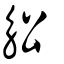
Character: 𧢸